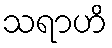
သရာဟိ